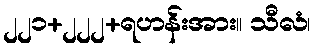
၂၂၁+၂၂၂+ရဟန်းအား။ သီလံ၊